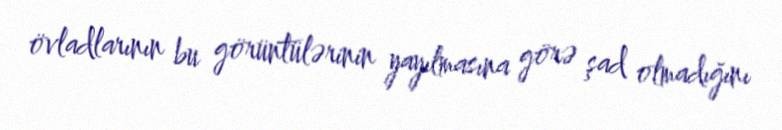
övladlarının bu görüntülərinin yayılmasına görə şad olmadığını